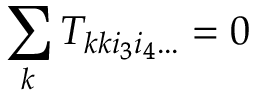
\sum _ { k } T _ { k k i _ { 3 } i _ { 4 } . . . } = 0